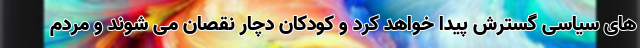
های سیاسی گسترش پیدا خواهد کرد و کودکان‌ دچار نقصان می شوند و مردم